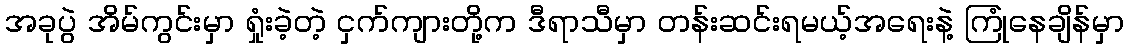
အခုပွဲ အိမ်ကွင်းမှာ ရှုံးခဲ့တဲ့ ငှက်ကျားတို့က ဒီရာသီမှာ တန်းဆင်းရမယ့်အရေးနဲ့ ကြုံနေချိန်မှာ